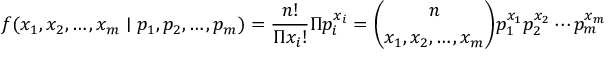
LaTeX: f ( x _ { 1 } , x _ { 2 } , \ldots , x _ { m } \mid p _ { 1 } , p _ { 2 } , \ldots , p _ { m } ) = { \frac { n ! } { \Pi x _ { i } ! } } \Pi p _ { i } ^ { x _ { i } } = { \binom { n } { x _ { 1 } , x _ { 2 } , \ldots , x _ { m } } } p _ { 1 } ^ { x _ { 1 } } p _ { 2 } ^ { x _ { 2 } } \cdots p _ { m } ^ { x _ { m } }